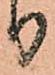
り